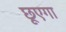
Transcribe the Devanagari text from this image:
छूएगा